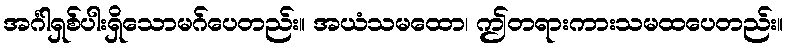
အင်္ဂါရှစ်ပါးရှိသောမဂ်ပေတည်း။ အယံသမထော၊ ဤတရားကားသမထပေတည်း။